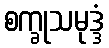
စက္ခုသမုဒ္ဒံ